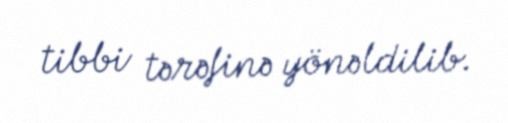
tibbi tərəfinə yönəldilib.